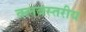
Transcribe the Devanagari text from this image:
क्लबस्तरीय